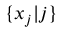
\{ x _ { j } | j \}